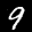
Label: 9